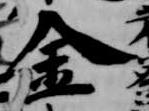
金